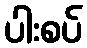
ပါးစပ်